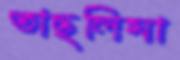
তাছলিমা